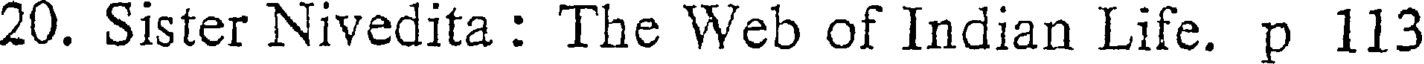
20. Sister Nivedita : The Web of Indian Life. p 113